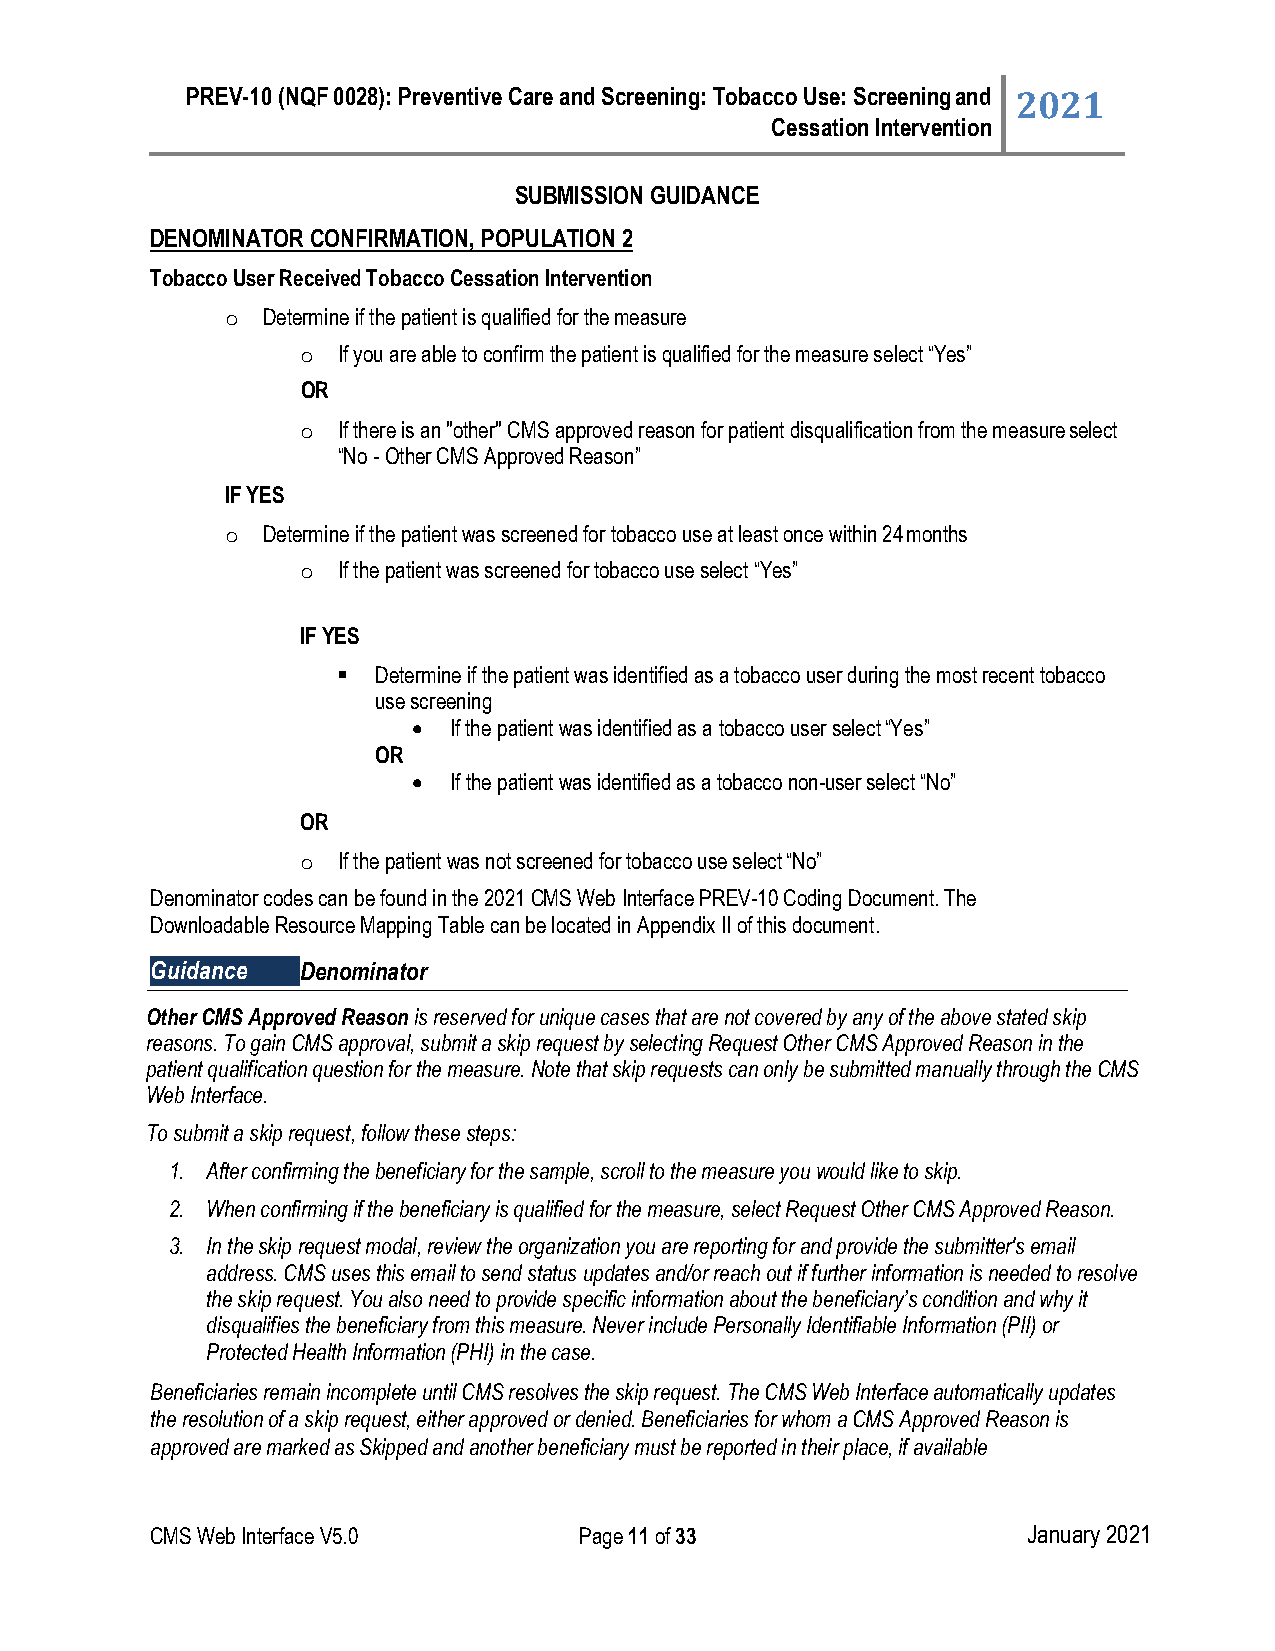
PREV-10 (NQF 0028): Preventive Care and Screening: Tobacco Use: Screening and 2021
 Cessation Intervention
 SUBMISSION GUIDANCE
 DENOMINATOR CONFIRMATION, POPULATION 2
 Tobacco User Received Tobacco Cessation Intervention
 Determine if the patient is qualified for the measure
 ◦
 If you are able to confirm the patient is qualified for the measure select “Yes”
 ◦
 OR
 1
 If there is an "other" CMS approved reason for patient disqualification from the measure select
 ◦
 “No - Other CMS Approved Reason”
 IF YES
 Determine if the patient was screened for tobacco use at least once within 24 months
 ◦
 If the patient was screened for tobacco use select “Yes”
 ◦
 IF YES
 ●  Determine if the patient was identified as a tobacco user during the most recent tobacco
 use screening
 •  If the patient was identified as a tobacco user select “Yes”
 OR
 •  If the patient was identified as a tobacco non-user select “No”
 OR
 If the patient was not screened for tobacco use select “No”
 ◦
 Denominator codes can be found in the 2021 CMS Web Interface PREV-10 Coding Document. The
 Downloadable Resource Mapping Table can be located in Appendix II of this document.
 Guidance  Denominator
 Other CMS Approved Reason is reserved for unique cases that are not covered by any of the above stated skip
 reasons. To gain CMS approval, submit a skip request by selecting Request Other CMS Approved Reason in the
 patient qualification question for the measure. Note that skip requests can only be submitted manually through the CMS
 Web Interface.
 To submit a skip request, follow these steps:
 1. After confirming the beneficiary for the sample, scroll to the measure you would like to skip.
 2. When confirming if the beneficiary is qualified for the measure, select Request Other CMS Approved Reason.
 3. In the skip request modal, review the organization you are reporting for and provide the submitter's email
 address. CMS uses this email to send status updates and/or reach out if further information is needed to resolve
 the skip request. You also need to provide specific information about the beneficiary’s condition and why it
 disqualifies the beneficiary from this measure. Never include Personally Identifiable Information (PII) or
 Protected Health Information (PHI) in the case.
 Beneficiaries remain incomplete until CMS resolves the skip request. The CMS Web Interface automatically updates
 the resolution of a skip request, either approved or denied. Beneficiaries for whom a CMS Approved Reason is
 approved are marked as Skipped and another beneficiary must be reported in their place, if available
 CMS Web Interface V5.0      Page 11 of 33                 January 2021